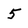
Character: 5